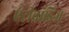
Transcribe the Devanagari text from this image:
एंटीबॉडिज